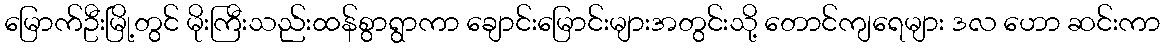
မြောက်ဦးမြို့တွင် မိုးကြီးသည်းထန်စွာရွာကာ ချောင်းမြောင်းများအတွင်းသို့ တောင်ကျရေများ ဒလ ဟော ဆင်းကာ